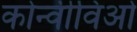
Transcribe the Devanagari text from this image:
कोन्वीविओ